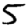
Digit: 5